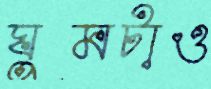
ঘুমটাও